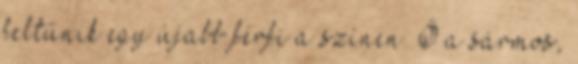
feltűnik egy újabb férfi a színen. Ő a sármos,